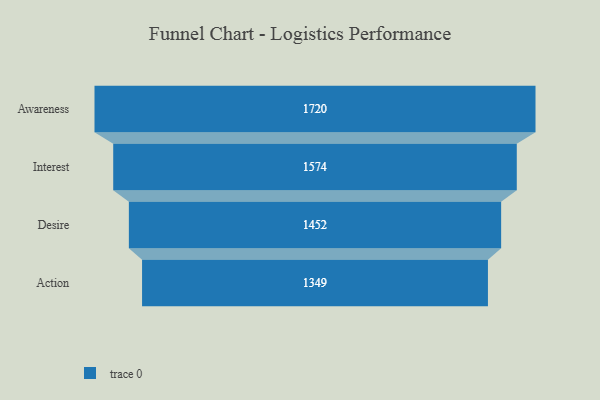
{"axis": {"x": "Stage", "y": "Value"}, "legend": [""], "data": [{"x": "Awareness", "y": 1720.0, "type": ""}, {"x": "Interest", "y": 1574.0, "type": ""}, {"x": "Desire", "y": 1452.0, "type": ""}, {"x": "Action", "y": 1349.0, "type": ""}]}